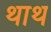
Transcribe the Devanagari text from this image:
थाथ